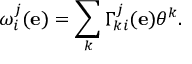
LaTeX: \omega _ { i } ^ { j } ( \mathbf { e } ) = \sum _ { k } \Gamma _ { k i } ^ { j } ( \mathbf { e } ) \theta ^ { k } .